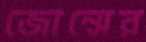
জোন্সের